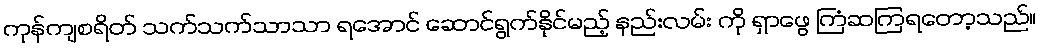
ကုန်ကျစရိတ် သက်သက်သာသာ ရအောင် ဆောင်ရွက်နိုင်မည့် နည်းလမ်း ကို ရှာဖွေ ကြံဆကြရတော့သည်။